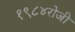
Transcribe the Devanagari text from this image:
१९८४रोजी